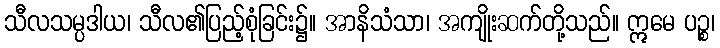
သီလသမ္ပဒါယ၊ သီလ၏ပြည့်စုံခြင်း၌။ အာနိသံသာ၊ အကျိုးဆက်တို့သည်။ ဣမေ ပဉ္စ၊